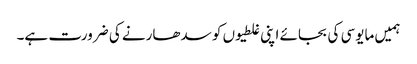
ہمیں مایوسی کی بجائے اپنی غلطیوں کو سدھارنے کی ضرورت ہے۔